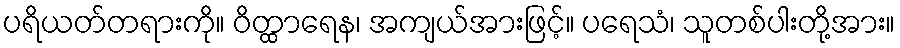
ပရိယတ်တရားကို။ ဝိတ္ထာရေန၊ အကျယ်အားဖြင့်။ ပရေသံ၊ သူတစ်ပါးတို့အား။